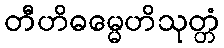
တီဟိဓမ္မေဟိသုတ္တံ